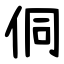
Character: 侗